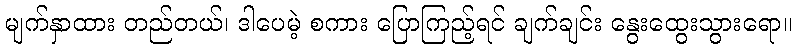
မျက်နှာထား တည်တယ်၊ ဒါပေမဲ့ စကား ပြောကြည့်ရင် ချက်ချင်း နွေးထွေးသွားရော။